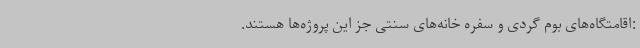
:اقامتگاه‌های بوم گردی و سفره خانه‌های سنتی جز این پروژه‌ها هستند.